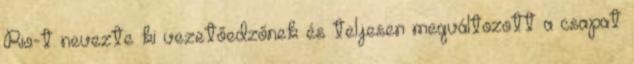
Rio-t nevezte ki vezetőedzőnek és teljesen megváltozott a csapat